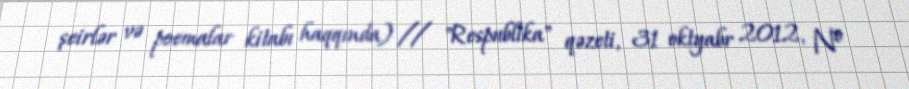
şeirlər və poemalar kitabı haqqında) // "Respublika" qəzeti, 31 oktyabr 2012, №